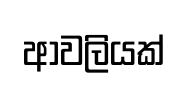
ආවලියක්